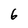
Character: 6